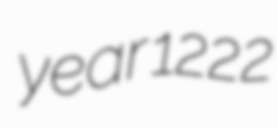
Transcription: year 1222